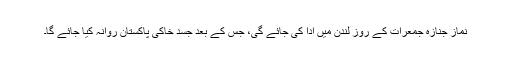
نماز جنازہ جمعرات کے روز لندن میں ادا کی جائے گی، جس کے بعد جسد خاکی پاکستان روانہ کیا جائے گا۔